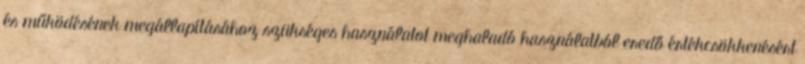
és működésének megállapításához szükséges használatot meghaladó használatból eredő értékcsökkenésért